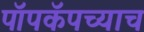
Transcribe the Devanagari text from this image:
पॉपकॅपच्याच